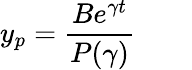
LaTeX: y_{p}={\frac{Be^{\gamma t}}{P(\gamma)}}\qquad